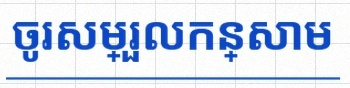
ចូរសម្រួលកន្សោម